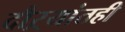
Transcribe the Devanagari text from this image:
दौऱ्यांतही